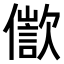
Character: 𠏩